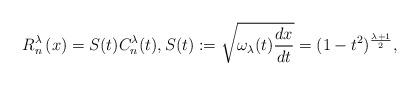
LaTeX: \begin{align*}R_{n}^{\lambda}\left(x\right)=S(t) C_{n}^{\lambda}(t),S(t):=\sqrt{\omega_\lambda(t) \frac{dx}{dt}}=(1-t^2)^{\frac{\lambda+1}2},\end{align*}